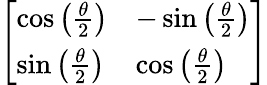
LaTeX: \left[\begin{array}{ll}{\cos\left({\frac{\theta}{2}}\right)}&{-\sin\left({\frac{\theta}{2}}\right)}\\ {\sin\left({\frac{\theta}{2}}\right)}&{\cos\left({\frac{\theta}{2}}\right)}\end{array}\right]